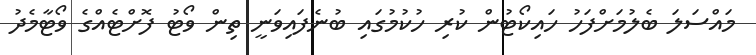
މައްސަލަ ބެލުމަށްފަހު ހައިކޯޓުން ކުރި ހުކުމުގައި ބުނެފައިވަނީ ތިން ވޯޓު ފޮށްޓެއްގެ ވޯޓާމެދު